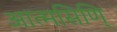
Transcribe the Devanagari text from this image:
आत्मसिणि्